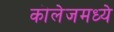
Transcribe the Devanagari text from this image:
कॊलेजमध्ये